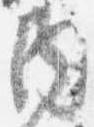
内